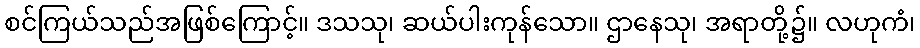
စင်ကြယ်သည်အဖြစ်ကြောင့်။ ဒသသု၊ ဆယ်ပါးကုန်သော။ ဌာနေသု၊ အရာတို့၌။ လဟုကံ၊